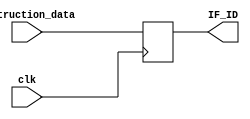
`timescale 1ns / 1ps
//////////////////////////////////////////////////////////////////////////////////
// Company: 
// Engineer: 
// 
// Design Name: 
// Module Name:    fetch 
// Project Name: 
// Target Devices: 
// Tool versions: 
// Description: 
//
// Dependencies: 
//
// Revision: 
// Revision 0.01 - File Created
// Additional Comments: 
//
//////////////////////////////////////////////////////////////////////////////////
module fetch(
input clk,
input [31:0] instruction_data,
output reg [31:0] IF_ID

    );

	 
always @(posedge clk)
begin
	
	IF_ID<=instruction_data;

	
end	



endmodule